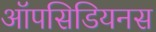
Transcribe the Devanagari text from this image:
ऑपसिडियनस